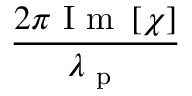
\frac { 2 \pi \mathrm { ~ I ~ m ~ } \left[ \chi \right] } { \lambda _ { \mathrm { ~ p ~ } } }